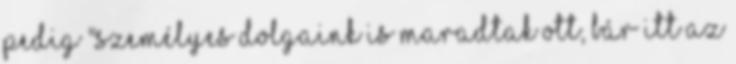
pedig "személyes dolgaink is maradtak ott, bár itt az